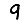
Digit: 9